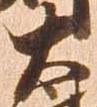
太